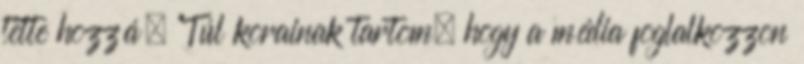
tette hozzá. "Túl korainak tartom, hogy a média foglalkozzon